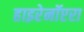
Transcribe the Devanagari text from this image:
हाइरेनॉप्टरा